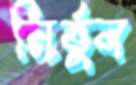
নির্ভুল